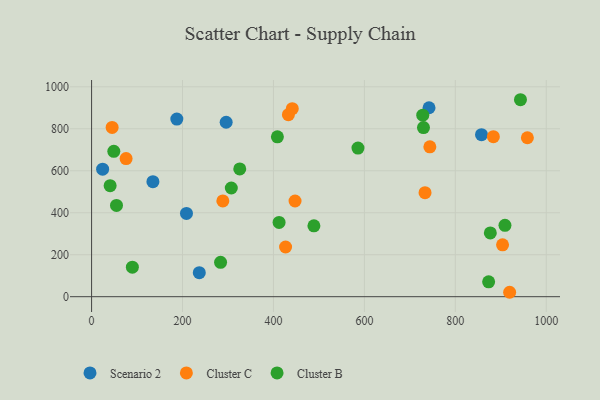
{"axis": {"x": "Price", "y": "Yield"}, "legend": ["Cluster B", "Cluster C", "Scenario 2"], "data": [{"x": "296.0", "y": 831.2, "type": "Scenario 2"}, {"x": "187.5", "y": 846.1, "type": "Scenario 2"}, {"x": "236.9", "y": 114.5, "type": "Scenario 2"}, {"x": "208.7", "y": 396.8, "type": "Scenario 2"}, {"x": "857.6", "y": 772.1, "type": "Scenario 2"}, {"x": "24.3", "y": 607.5, "type": "Scenario 2"}, {"x": "742.2", "y": 900.3, "type": "Scenario 2"}, {"x": "134.9", "y": 548.0, "type": "Scenario 2"}, {"x": "733.4", "y": 495.7, "type": "Cluster C"}, {"x": "432.9", "y": 867.3, "type": "Cluster C"}, {"x": "447.5", "y": 456.0, "type": "Cluster C"}, {"x": "744.0", "y": 713.9, "type": "Cluster C"}, {"x": "45.2", "y": 806.5, "type": "Cluster C"}, {"x": "426.7", "y": 236.9, "type": "Cluster C"}, {"x": "903.9", "y": 247.2, "type": "Cluster C"}, {"x": "883.7", "y": 762.6, "type": "Cluster C"}, {"x": "441.4", "y": 895.8, "type": "Cluster C"}, {"x": "75.9", "y": 658.1, "type": "Cluster C"}, {"x": "288.7", "y": 456.3, "type": "Cluster C"}, {"x": "958.5", "y": 757.4, "type": "Cluster C"}, {"x": "919.5", "y": 21.1, "type": "Cluster C"}, {"x": "489.0", "y": 337.6, "type": "Cluster B"}, {"x": "54.8", "y": 435.0, "type": "Cluster B"}, {"x": "873.3", "y": 71.0, "type": "Cluster B"}, {"x": "730.0", "y": 806.0, "type": "Cluster B"}, {"x": "909.2", "y": 340.2, "type": "Cluster B"}, {"x": "40.8", "y": 528.8, "type": "Cluster B"}, {"x": "283.7", "y": 163.7, "type": "Cluster B"}, {"x": "728.4", "y": 865.0, "type": "Cluster B"}, {"x": "48.9", "y": 692.8, "type": "Cluster B"}, {"x": "408.7", "y": 761.7, "type": "Cluster B"}, {"x": "412.4", "y": 354.0, "type": "Cluster B"}, {"x": "325.9", "y": 608.8, "type": "Cluster B"}, {"x": "585.9", "y": 708.3, "type": "Cluster B"}, {"x": "89.7", "y": 140.9, "type": "Cluster B"}, {"x": "877.0", "y": 304.0, "type": "Cluster B"}, {"x": "943.3", "y": 938.5, "type": "Cluster B"}, {"x": "307.3", "y": 517.9, "type": "Cluster B"}]}